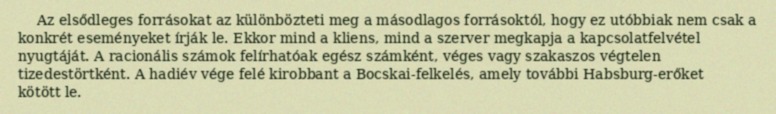
Az elsődleges forrásokat az különbözteti meg a másodlagos forrásoktól, hogy ez utóbbiak nem csak a konkrét eseményeket írják le. Ekkor mind a kliens, mind a szerver megkapja a kapcsolatfelvétel nyugtáját. A racionális számok felírhatóak egész számként, véges vagy szakaszos végtelen tizedestörtként. A hadiév vége felé kirobbant a Bocskai-felkelés, amely további Habsburg-erőket kötött le.